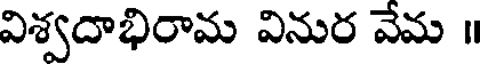
విశ్వదాభిరామ వినుర వేమ